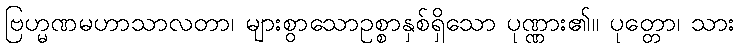
ဗြဟ္မဏမဟာသာလတာ၊ များစွာသောဥစ္စာနှစ်ရှိသော ပုဏ္ဏား၏။ ပုတ္တော၊ သား